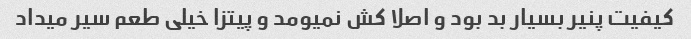
کیفیت پنیر بسیار بد بود و اصلا کش نمیومد و پیتزا خیلی طعم‌ سیر میداد